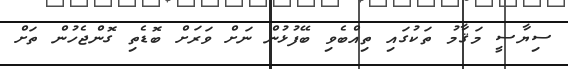
ސިޔާސީ މަޤާމު ތަކުގައި ތިއްބެވި ބޭފުޅުން ނަށް ވަރަށް ބޮޑެތި ގޮންޖެހުން ތަށް